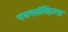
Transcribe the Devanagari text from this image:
एक्सॉसिज़्म्स